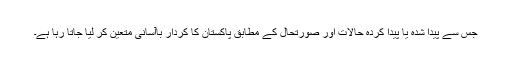
جس سے پیدا شدہ یا پیدا کردہ حالات اور صورتحال کے مطابق پاکستان کا کردار باآسانی متعین کر لیا جاتا رہا ہے۔